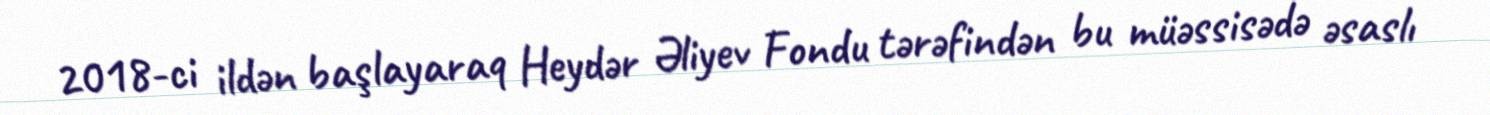
2018-ci ildən başlayaraq Heydər Əliyev Fondu tərəfindən bu müəssisədə əsaslı